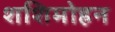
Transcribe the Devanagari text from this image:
शशिमोहन